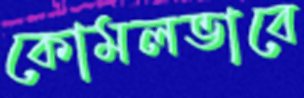
কোমলভাবে